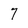
Character: 7